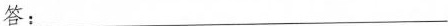
答：___